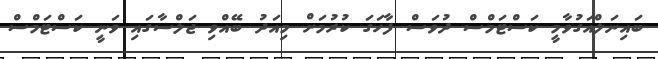
ބައިނަލްއަގުވާމީ ކަސްޓަމްސް ދުވަސް ފާހަގަ ކުރުމަށް މިއަދު ބޭއްވި ޖަލްސާގައި ވަނީ ކަސްޓަމްސް